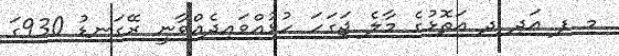
މ ފ އަދި ދ އަތޮޅުގެ މާލެ ޖަގަހަ ހުޅުއްވައިދެއްވާނީ ރޭގަނޑު 930ގަ